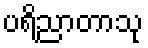
ပရိညာတာသု